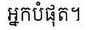
អ្នកបំផុត។